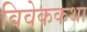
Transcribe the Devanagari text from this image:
विवेककथा